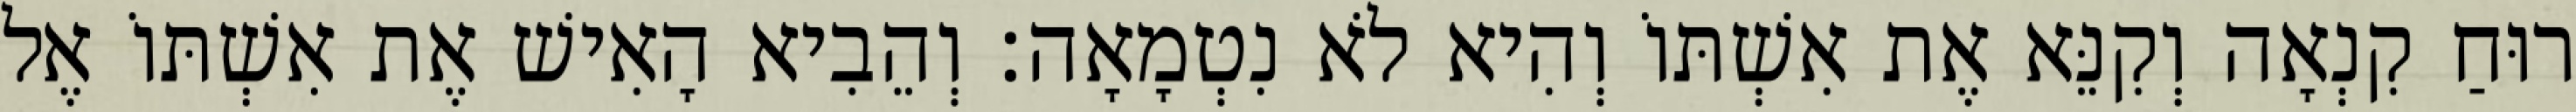
רוּחַ קִנְאָה וְקִנֵּא אֶת אִשְׁתּוֹ וְהִיא לֹא נִטְמָאָה׃ וְהֵבִיא הָאִישׁ אֶת אִשְׁתּוֹ אֶל